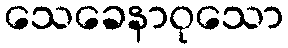
သေခေနာဝုသော